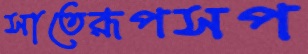
সাতেরূপসপ